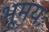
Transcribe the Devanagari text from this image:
भूमयः